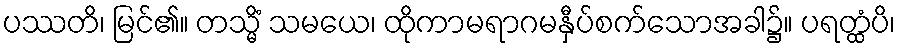
ပဿတိ၊ မြင်၏။ တသ္မိံ သမယေ၊ ထိုကာမရာဂမနှီပ်စက်သောအခါ၌။ ပရတ္ထံပိ၊